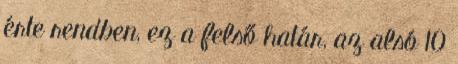
érte rendben, ez a felső határ, az alsó 10